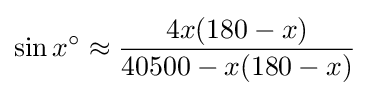
\sin x^{\circ }\approx {\frac {4x(180-x)}{40500-x(180-x)}}